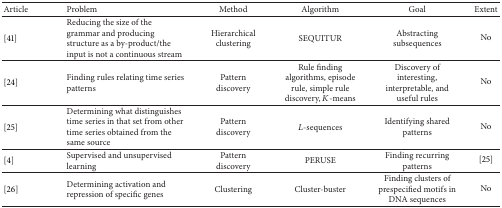
| Article | Problem | Method | Algorithm | Goal | Extent |
 | --- | --- | --- | --- | --- | --- |
 | [41] | Reducing the size of the grammar and producing structure as a by-product/the input is not a continuous stream | Hierarchical clustering | SEQUITUR | Abstracting subsequences | No |
 | [24] | Finding rules relating time series patterns | Pattern discovery | Rule finding algorithms, episode rule, simple rule discovery, K-means | Discovery of interesting, interpretable, and useful rules | No |
 | [25] | Determining what distinguishes time series in that set from other time series obtained from the same source | Pattern discovery | L-sequences | Identifying shared patterns | No |
 | [4] | Supervised and unsupervised learning | Pattern discovery | PERUSE | Finding recurring patterns | [25] |
 | [26] | Determining activation and repression of specific genes | Clustering | Cluster-buster | Finding clusters of prespecified motifs in DNA sequences | No |